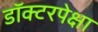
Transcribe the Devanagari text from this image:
डॉक्टरपेक्षा